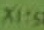
Text: X1:5